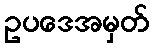
ဥပဒေအမှတ်